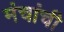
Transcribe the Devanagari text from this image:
मंचांची